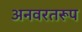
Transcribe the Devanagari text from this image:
अनवरतरूप